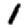
Digit: 1